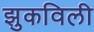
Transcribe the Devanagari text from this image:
झुकविली